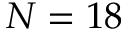
N = 1 8